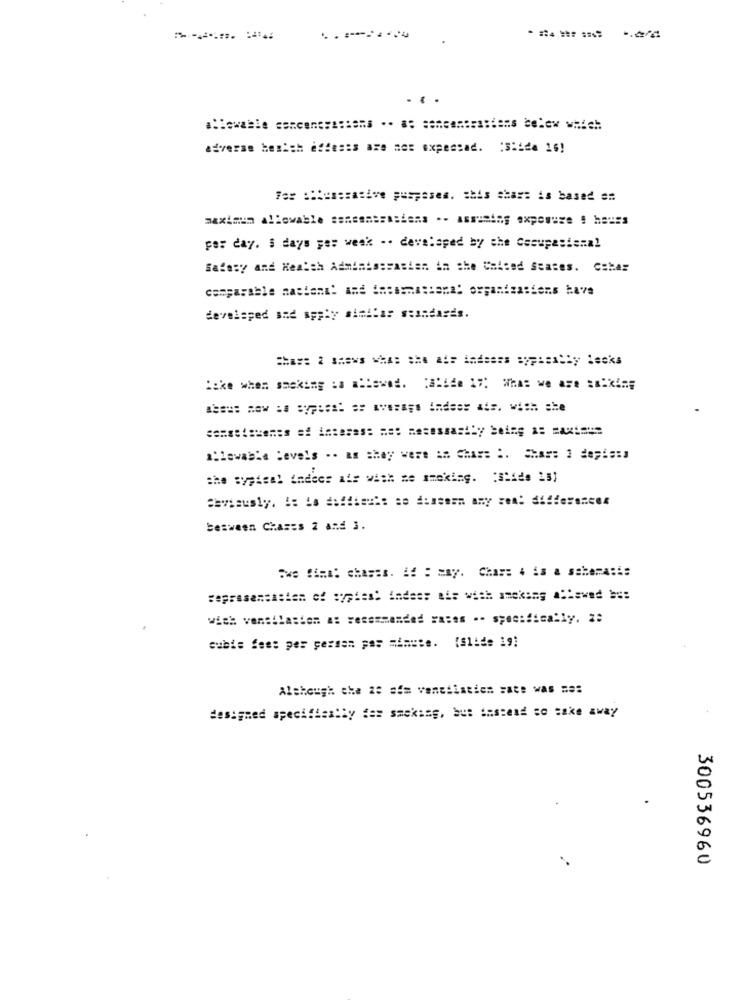
. ..
adverse hetich eftests are not expensad. : Slide 16)
For :: lesszative puspases. this sha == is based ==
maximum allowable senemmerasiens .. assuming exposure ! heuss
per day. 5 days per week -. developed by che Cssupasismal
Safety and Health Administrasien in the CHiced States. Csbar
comparable castani! and incesmassenal organizations have
developed sad apply similar standards.
allowable levels .. as they were in Chas: :. Shar: 1 dayis:s
the sypteal indees ais with me smoking. "Slide 251
between Chases 2 and 3.
:we Sima: chases. 4f : may. Chass 4 is a sabema:i:
wich ventilation a: recommended rates .- specifically. 2:
subis fest per person per minute. (Slide 191
Although the 26 som ventilation Fate was ===
designed specifically for smoking, but instead so take away
300536960